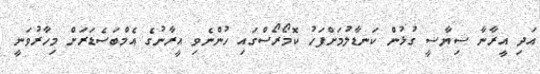
އަދި އީރާނާ ސިޔާސީ ގުޅުން ކަނޑާލުމަށްފަހު ކޮމޯރޯސްގައި ހުންނެވި އީރާނުގެ އެމްބަސެޑަރަށް މިހާރުވަނީ